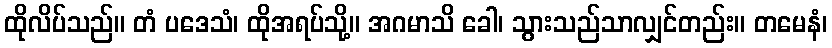
ထိုလိပ်သည်။ တံ ပဒေသံ၊ ထိုအရပ်သို့။ အဂမာသိ ခေါ၊ သွားသည်သာလျှင်တည်း။ တမေနံ၊